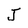
Character: J